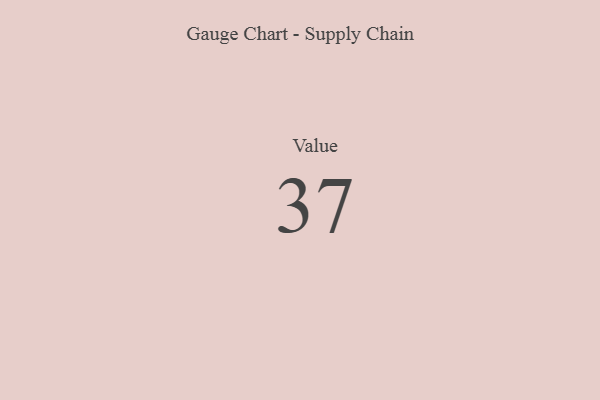
{"axis": {"x": "Metric", "y": "Value"}, "legend": [""], "data": [{"x": "Value", "y": 37, "type": ""}]}